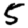
Digit: 5